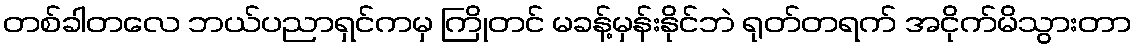
တစ်ခါတလေ ဘယ်ပညာရှင်ကမှ ကြိုတင် မခန့်မှန်းနိုင်ဘဲ ရုတ်တရက် အငိုက်မိသွားတာ